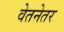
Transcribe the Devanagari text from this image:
वेतनेतर